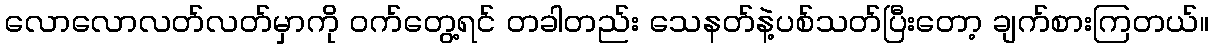
လောလောလတ်လတ်မှာကို ဝက်တွေ့ရင် တခါတည်း သေနတ်နဲ့ပစ်သတ်ပြီးတော့ ချက်စားကြတယ်။